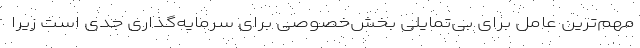
مهم‌ترین عامل برای بی‌تمایلی بخش‌خصوصی برای سرمایه‌گذاری جدی است زیرا